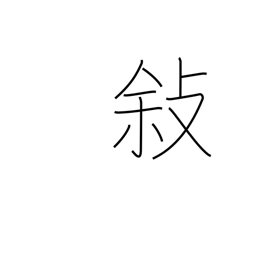
Meaning: relate